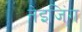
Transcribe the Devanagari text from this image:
नेइजिंग